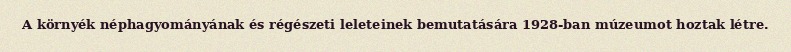
A környék néphagyományának és régészeti leleteinek bemutatására 1928-ban múzeumot hoztak létre.